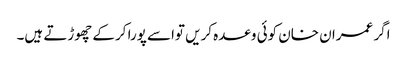
اگر عمران خان کوئی وعدہ کریں تواسے پورا کرکے چھوڑتے ہیں۔